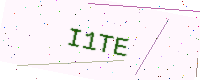
Text: I1TE